Annual report of the Madras Medical College
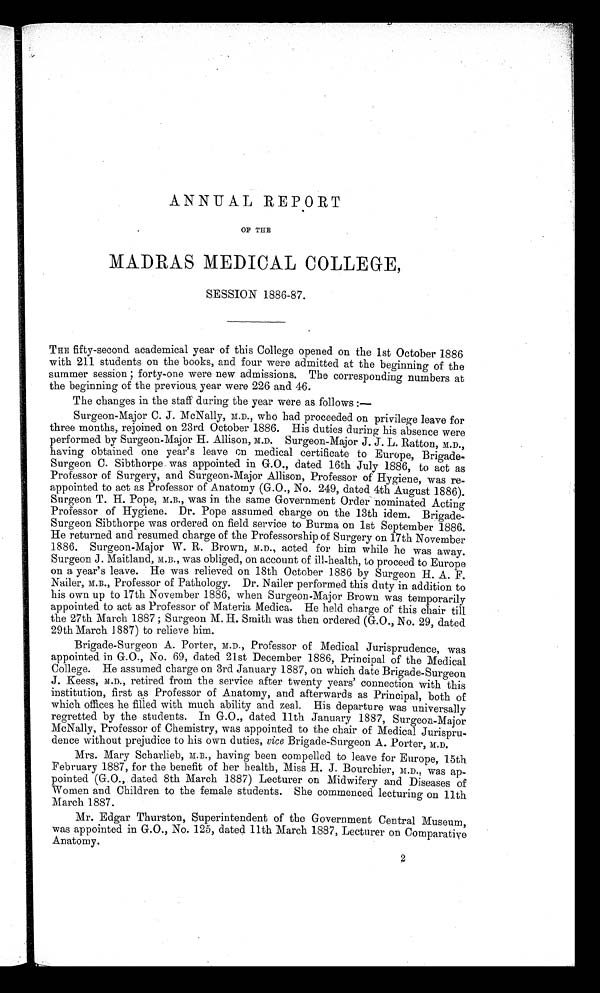
ANNUAL REPORT
OF THE
MADRAS MEDICAL COLLEGE,
SESSION 1886-87.
THE fifty-second academical year of this College opened on the 1st October 1886
with 211 students on the books, and four were admitted at the beginning of the
summer session ; forty-one were new admissions. The corresponding numbers at
the beginning of the previous year were 226 and 46.
The changes in the staff during the year were as follows :—
Surgeon-Major C. J. McNally, M.D., who had proceeded on privilege leave for
three months, rejoined on 23rd October 1886. His duties during his absence were
performed by Surgeon-Major H. Allison, M.D. Surgeon-Major J. J. L. Ratton, M.D.,
having obtained one year's leave on medical certificate to Europe, Brigade-
Surgeon C. Sibthorpe was appointed in G.O., dated 16th July 1886, to act as
Professor of Surgery, and Surgeon-Major Allison, Professor of Hygiene, was re-
appointed to act as Professor of Anatomy (G.O., No. 249, dated 4th August 1886).
Surgeon T. H. Pope, M.B., was in the same Government Order nominated Acting
Professor of Hygiene. Dr. Pope assumed charge on the 13th idem. Brigade-
Surgeon Sibthorpe was ordered on field service to Burma on 1st September 1886.
He returned and resumed charge of the Professorship of Surgery on 17th November
1886. Surgeon-Major W. R. Brown, M.D., acted for him while he was away.
Surgeon J. Maitland, M.B., was obliged, on account of ill-health, to proceed to Europe
on a year's leave. He was relieved on 18th October 1886 by Surgeon H. A. F.
Nailer, M.B., Professor of Pathology. Dr. Nailer performed this duty in addition to
his own up to 17th November 1886, when Surgeon-Major Brown was temporarily
appointed to act as Professor of Materia Medica. He held charge of this chair till
the 27th March 1887 ; Surgeon M. H. Smith was then ordered (G.O., No. 29, dated
29th March 1887) to relieve him.
Brigade-Surgeon A. Porter, M.D., Professor of Medical Jurisprudence, was
appointed in G.O., No. 69, dated 21st December 1886, Principal of the Medical
College. He assumed charge on 3rd January 1887, on which date Brigade-Surgeon
J. Keess, M.D., retired from the service after twenty years' connection with this
institution, first as Professor of Anatomy, and afterwards as Principal, both of
which offices he filled with much ability and zeal. His departure was universally
regretted by the students. In G.O., dated 11th January 1887, Surgeon-Major
McNally, Professor of Chemistry, was appointed to the chair of Medical Jurispru-
dence without prejudice to his own duties, vice Brigade-Surgeon A. Porter, M .D.
Mrs. Mary Scharlieb, M.B., having been compelled to leave for Europe, 15th
February 1887, for the benefit of her health, Miss H. J. Bourchier, M.D., was ap-
pointed (G.O., dated 8th March 1887) Lecturer on Midwifery and Diseases of
Women and Children to the female students. She commenced lecturing on 11th
March 1887.
Mr. Edgar Thurston, Superintendent of the Government Central Museum,
was appointed in G.O., No. 125, dated 11th March 1887, Lecturer on Comparative
Anatomy.
2